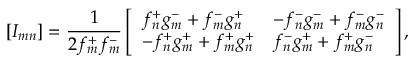
[ I _ { m n } ] = \frac { 1 } { 2 f _ { m } ^ { + } f _ { m } ^ { - } } \left[ \begin{array} { l l } { f _ { n } ^ { + } g _ { m } ^ { - } + f _ { m } ^ { - } g _ { n } ^ { + } } & { - f _ { n } ^ { - } g _ { m } ^ { - } + f _ { m } ^ { - } g _ { n } ^ { - } } \\ { - f _ { n } ^ { + } g _ { m } ^ { + } + f _ { m } ^ { + } g _ { n } ^ { + } } & { f _ { n } ^ { - } g _ { m } ^ { + } + f _ { m } ^ { + } g _ { n } ^ { - } } \end{array} \right] ,